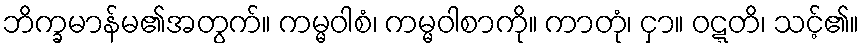
ဘိက္ခမာန်မ၏အတွက်။ ကမ္မဝါစံ၊ ကမ္မဝါစာကို။ ကာတုံ၊ ငှာ။ ဝဋ္ဋတိ၊ သင့်၏။